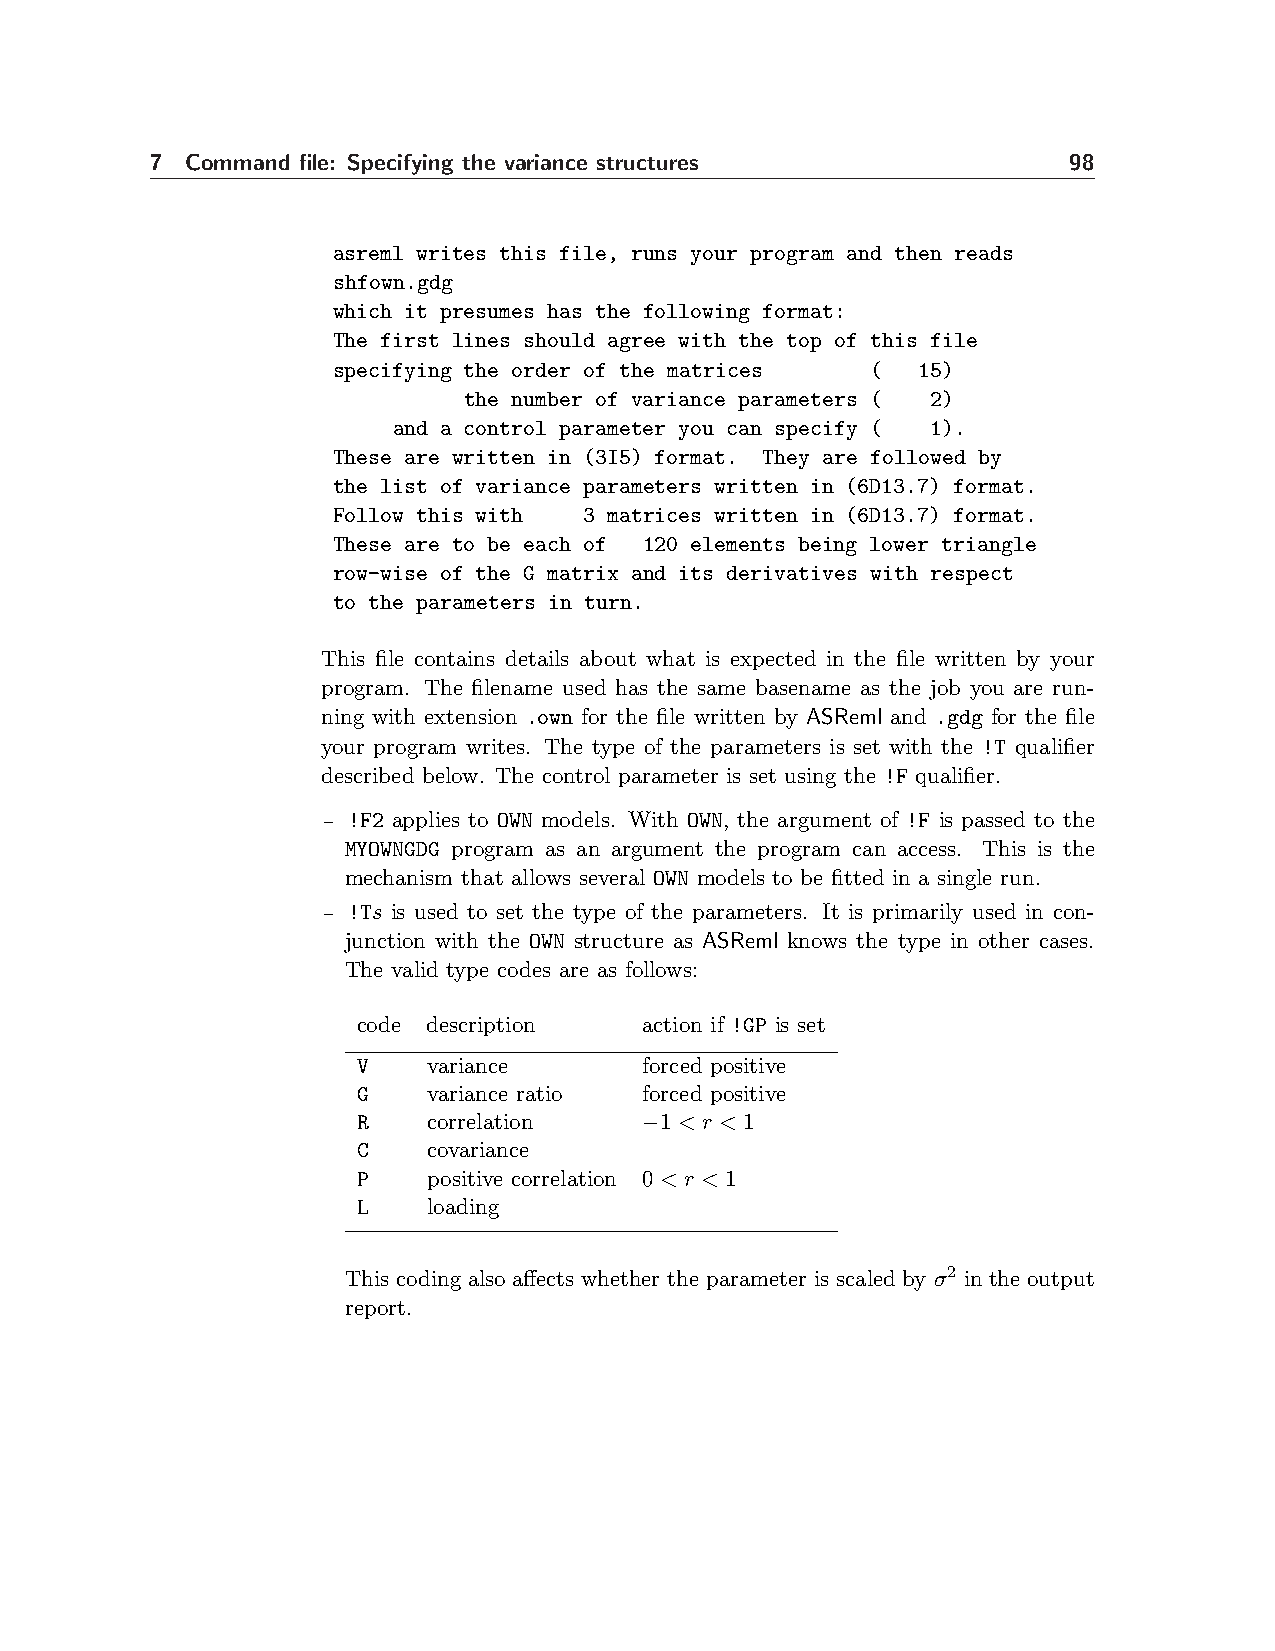
7 Command file: Specifying the variance structures           98
 asreml writes this file, runs your program and then reads
 shfown.gdg
 which it presumes has the following format:
 The first lines should agree with the top of this file
 specifying the order of the matrices ( 15)
 the number of variance parameters ( 2)
 and a control parameter you can specify ( 1).
 These are written in (3I5) format. They are followed by
 the list of variance parameters written in (6D13.7) format.
 Follow this with 3 matrices written in (6D13.7) format.
 These are to be each of 120 elements being lower triangle
 row-wise of the G matrix and its derivatives with respect
 to the parameters in turn.
 This file contains details about what is expected in the file written by your
 program. The filename used has the same basename as the job you are run-
 ning with extension .own for the file written by ASReml and .gdg for the file
 your program writes. The type of the parameters is set with the !T qualifier
 described below. The control parameter is set using the !F qualifier.
 – !F2 applies to OWN models. With OWN, the argument of !F is passed to the
 MYOWNGDG program as an argument the program can access. This is the
 mechanism that allows several OWN models to be fitted in a single run.
 – !Ts is used to set the type of the parameters. It is primarily used in con-
 junction with the OWN structure as ASReml knows the type in other cases.
 The valid type codes are as follows:
 code description   action if !GP is set
 V   variance       forced positive
 G   variance ratio forced positive
 R   correlation    −1 < r < 1
 C   covariance
 P   positive correlation 0< r < 1
 L   loading
 This coding also affects whether the parameter is scaled by σ2 in the output
 report.